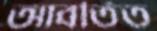
আবর্তিত